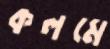
কলমে